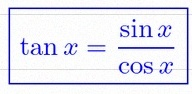
\tan x=\frac{\sin x}{\cos x}